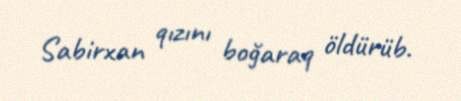
Sabirxan qızını boğaraq öldürüb.